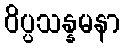
ဝိပ္ပသန္နမနာ